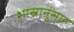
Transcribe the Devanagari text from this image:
शास्रानुसार